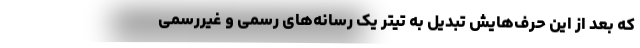
که بعد از این حرف‌هایش تبدیل به تیتر یک رسانه‌های رسمی و غیررسمی